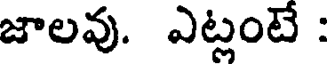
జాలవు. ఎట్లంటే :